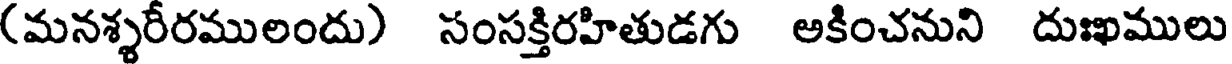
(మనశ్శరీరములందు) సంసక్తిరహితుడగు అకించనుని దుఃఖములు